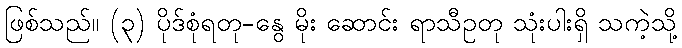
ဖြစ်သည်။ (၃) ပိုဒ်စုံရတု-နွေ မိုး ဆောင်း ရာသီဥတု သုံးပါးရှိ သကဲ့သို့